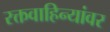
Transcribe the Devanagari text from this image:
रक्तवाहिन्यांवर